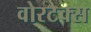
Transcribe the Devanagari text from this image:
वोरटेक्स